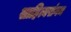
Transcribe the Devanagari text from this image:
साहित्यसंगम